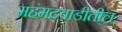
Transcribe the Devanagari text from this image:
महंमदवाडीतील